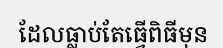
ដែលធ្លាប់តែធ្វើពិធីមុន